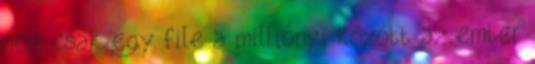
nem csak egy file a milliónyi között az ember